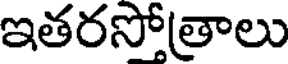
ఇతరసోత్రాలు